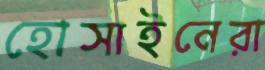
হোসাইনেরা